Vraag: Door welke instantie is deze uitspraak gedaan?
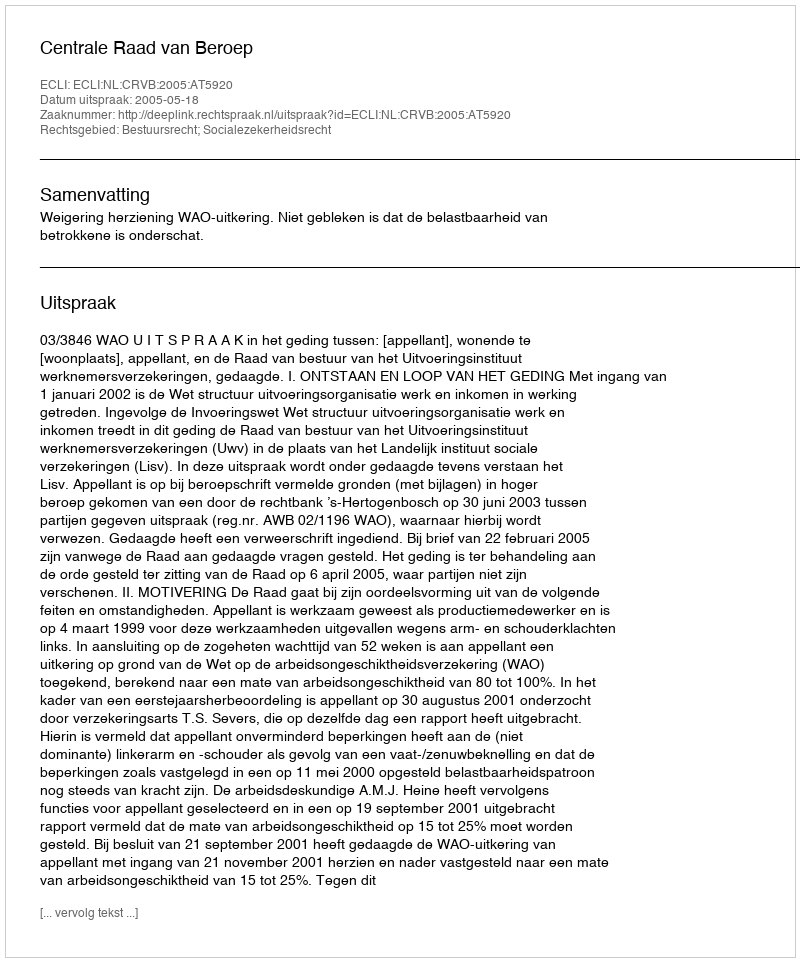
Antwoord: Centrale Raad van Beroep